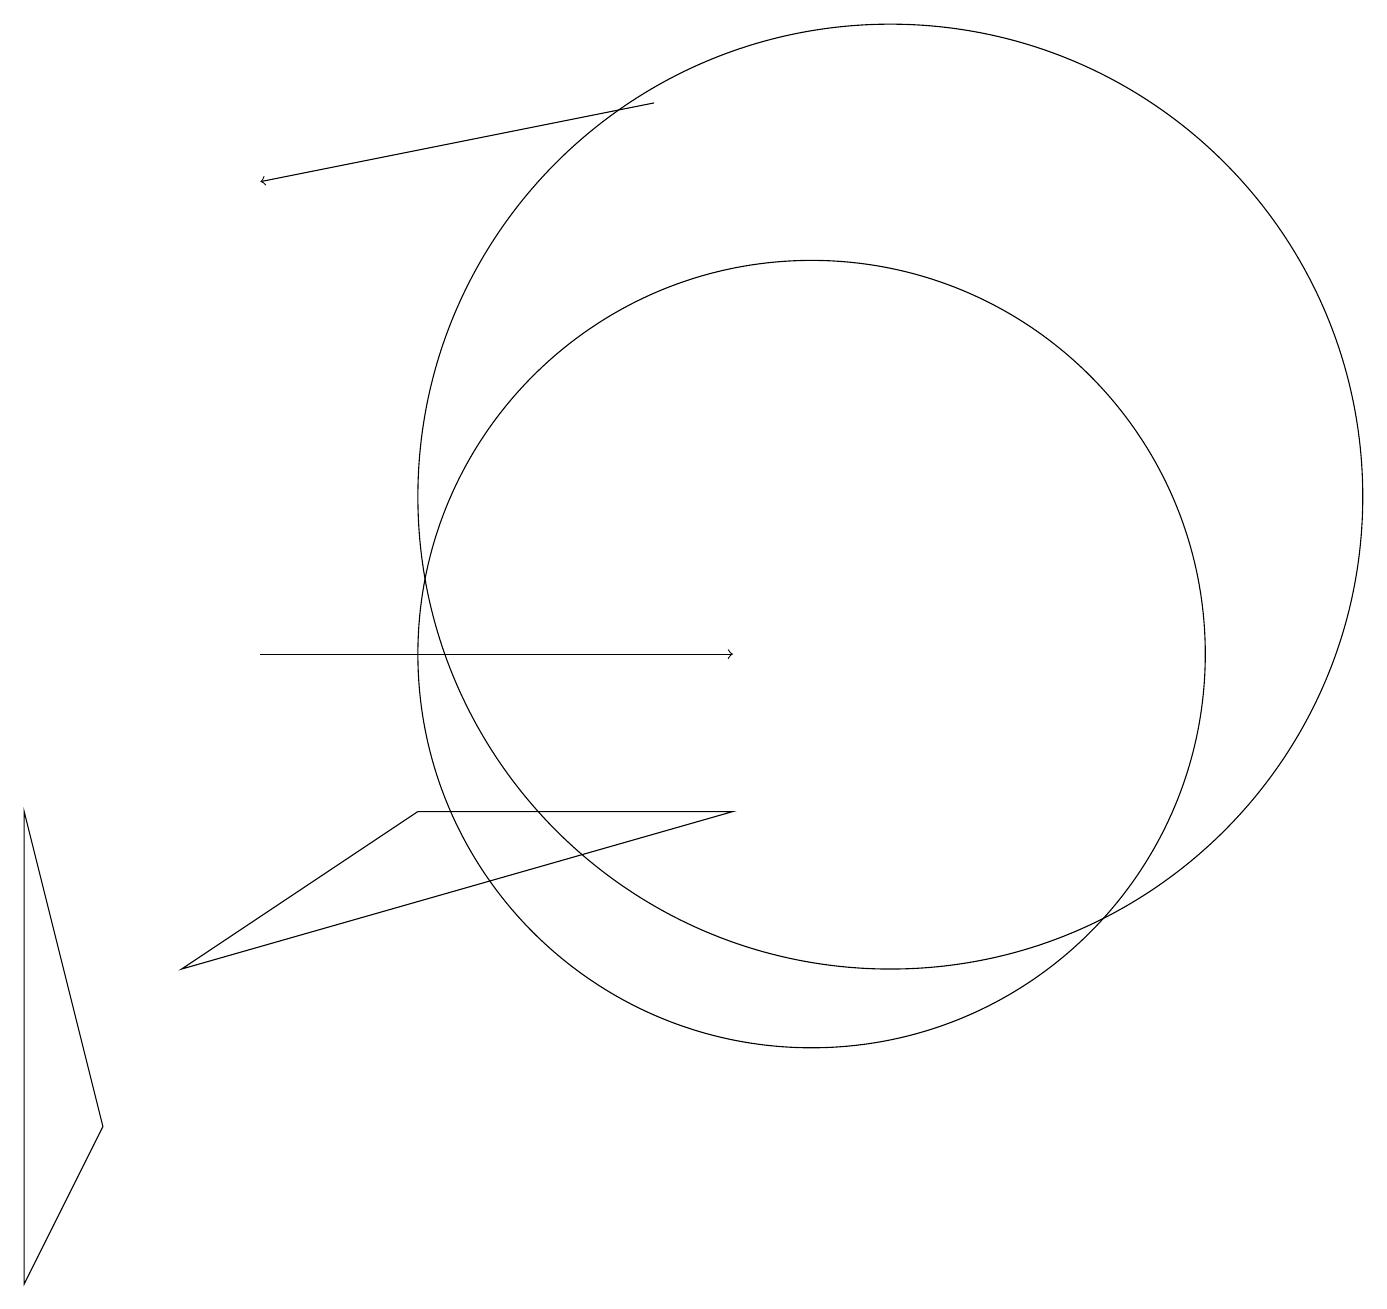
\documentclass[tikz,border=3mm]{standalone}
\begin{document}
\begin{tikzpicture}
\draw (10,10) circle (5);
\draw (11,12) circle (6);
\draw[->] (3,10) -- (9,10);
\draw (2,6) -- (5,8) -- (9,8) -- cycle;
\draw[->] (8,17) -- (3,16);
\draw (0,2) -- (1,4) -- (0,8) -- cycle;
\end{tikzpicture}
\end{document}